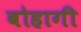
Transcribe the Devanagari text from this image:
बोहागी